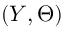
( Y , \Theta )